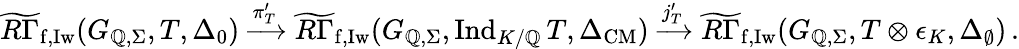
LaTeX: \widetilde{R\Gamma}_{\mathrm{f,Iw}}(G_{\mathbb{Q},\Sigma},T,\Delta_{0})\xrightarrow{\pi_{T}^{\prime}}\widetilde{R\Gamma}_{\mathrm{f,Iw}}(G_{\mathbb{Q},\Sigma},\mathrm{Ind}_{K/\mathbb{Q}}\, T,\Delta_{\mathrm{CM}})\xrightarrow{j_{T}^{\prime}}\widetilde{R\Gamma}_{\mathrm{f,Iw}}(G_{\mathbb{Q},\Sigma},T\otimes\epsilon_{K},\Delta_{\emptyset})\, .